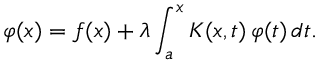
\varphi ( x ) = f ( x ) + \lambda \int _ { a } ^ { x } K ( x , t ) \, \varphi ( t ) \, d t .